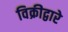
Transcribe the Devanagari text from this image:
विक्रीद्वारे